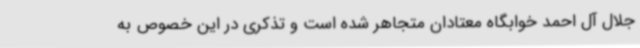
جلال آل احمد خوابگاه معتادان متجاهر شده است و تذکری در این خصوص به